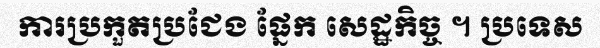
ការប្រកួតប្រជែង ផ្នែក សេដ្ឋកិច្ច ។ ប្រទេស